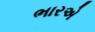
ભારએ